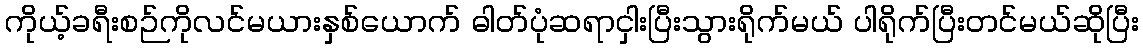
ကိုယ့်ခရီးစဉ်ကိုလင်မယားနှစ်ယောက် ဓါတ်ပုံဆရာငှါးပြီးသွားရိုက်မယ် ပါရိုက်ပြီးတင်မယ်ဆိုပြီး